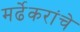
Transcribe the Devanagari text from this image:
मर्ढेकरांचे